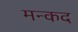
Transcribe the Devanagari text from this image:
मन्कद